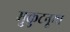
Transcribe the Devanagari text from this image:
मुकुटनूमा